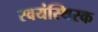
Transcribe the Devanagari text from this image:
स्वयंस्थिरक